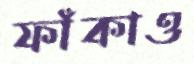
ফাঁকাও